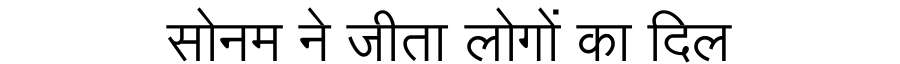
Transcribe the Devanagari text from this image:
सोनम ने जीता लोगों का दिल